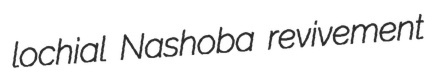
lochial Nashoba revivement